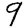
Digit: 9